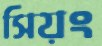
সিয়ং